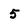
Character: 5